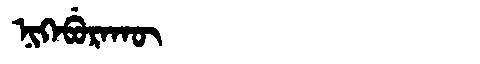
Manchu: ᠨᡳᡴᡝᠪᡠᡵᠠᡴᡡ
Romanization: NIKEBURAKŪ